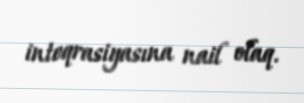
inteqrasiyasına nail olaq.